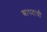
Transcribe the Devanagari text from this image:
श्वापदांची